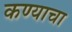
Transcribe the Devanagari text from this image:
कण्याचा